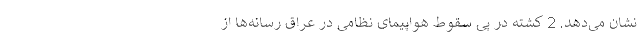
نشان می‌دهد. 2 کشته در پی سقوط هواپیمای نظامی در عراق رسانه‌ها از